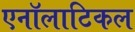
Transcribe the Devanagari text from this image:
एनॉलाटिकल